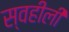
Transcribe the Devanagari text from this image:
स्वहीली